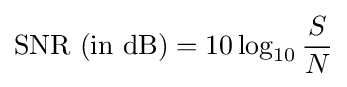
\mathrm {SNR\ (in\ dB)} =10\log _{10}{S \over N}